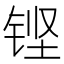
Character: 铿